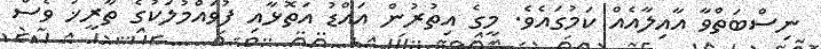
ނިސްބަތްވާ އާއިލާއެއް ކަމުގައެވެ. މީގެ އިތުރުން އައްޑު އަތޮޅާއި ފުވައްމުލަކުގެ ތާރީޚު ވެސް